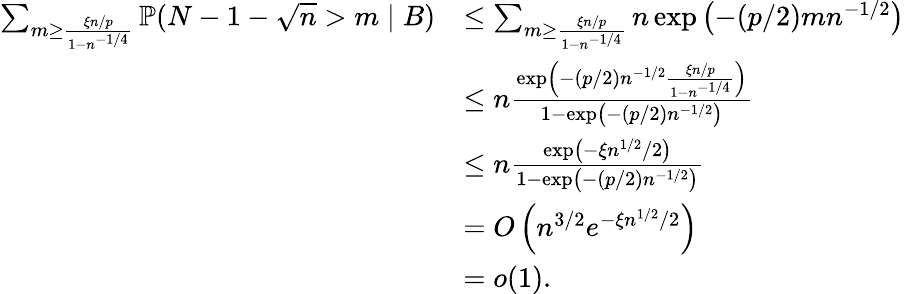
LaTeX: \begin{array}{rl}{\sum_{m\geq\frac{\xi n/p}{1-n^{-1/4}}}\mathbb P(N-1-\sqrt{n}>m\mid B)}&{\leq\sum_{m\geq\frac{\xi n/p}{1-n^{-1/4}}}n\exp\left(-(p/2)mn^{-1/2}\right)}\\ &{\leq n\frac{\exp\left(-(p/2)n^{-1/2}\frac{\xi n/p}{1-n^{-1/4}}\right)}{1-\exp\left(-(p/2)n^{-1/2}\right)}}\\ &{\leq n\frac{\exp\left(-\xi n^{1/2}/2\right)}{1-\exp\left(-(p/2)n^{-1/2}\right)}}\\ &{=O\left(n^{3/2}e^{-\xi n^{1/2}/2}\right)}\\ &{=o(1).}\end{array}